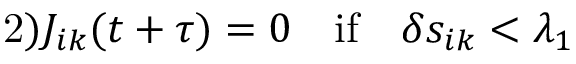
\mathrm { 2 ) } J _ { i k } ( t + \tau ) = 0 \quad \mathrm { i f } \quad \delta s _ { i k } < \lambda _ { 1 }